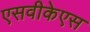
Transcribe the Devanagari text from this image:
एसवीकेएस